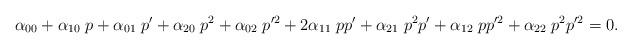
LaTeX: \begin{align*}\alpha_{00} + \alpha_{10} \; p + \alpha_{01} \; p'+ \alpha_{20} \; p^2 + \alpha_{02} \; p'^2 + 2 \alpha_{11} \; p p'+ \alpha_{21} \; p^2 p' + \alpha_{12} \; p p'^2+ \alpha_{22} \; p^2 p'^2 =0 .\end{align*}